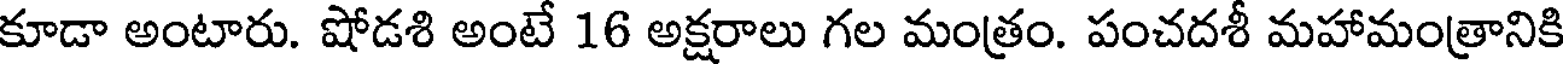
కూడా అంటారు. షోడశి అంటే 16 అక్షరాలు గల మంత్రం. పంచదశీ మహామంత్రానికి